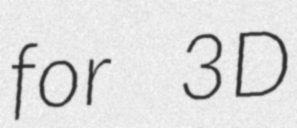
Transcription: for 3D